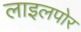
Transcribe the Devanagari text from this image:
लाइलपोर